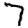
Digit: 7